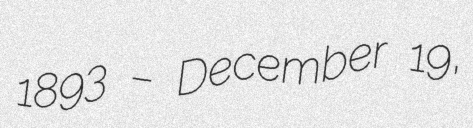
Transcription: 1893 – December 19,